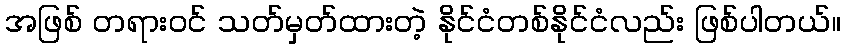
အဖြစ် တရားဝင် သတ်မှတ်ထားတဲ့ နိုင်ငံတစ်နိုင်ငံလည်း ဖြစ်ပါတယ်။